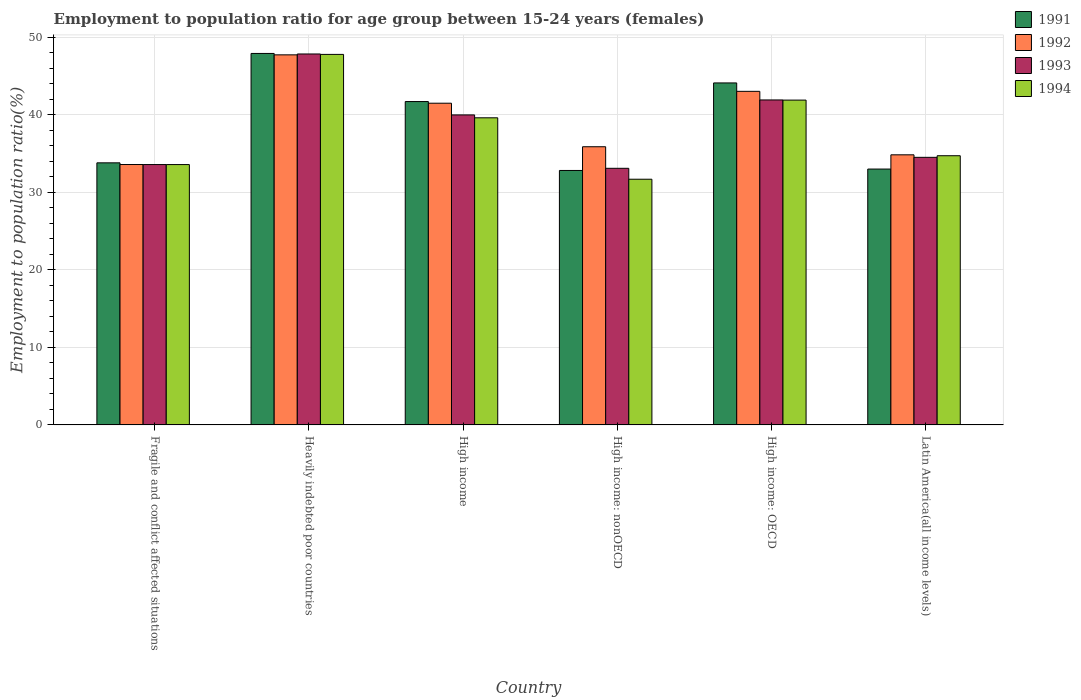
| Country | 1991 | 1992 | 1993 | 1994 |
 | --- | --- | --- | --- | --- |
 | Fragile and conflict affected situations | 33.8 | 33.6 | 33.6 | 33.6 |
 | Heavily indebted poor countries | 47.9 | 47.7 | 47.9 | 47.8 |
 | High income | 41.7 | 41.5 | 40 | 39.6 |
 | High income: nonOECD | 32.8 | 35.9 | 33.1 | 31.7 |
 | High income: OECD | 44.1 | 43 | 41.9 | 41.9 |
 | Latin America(all income levels) | 33 | 34.8 | 34.5 | 34.7 |